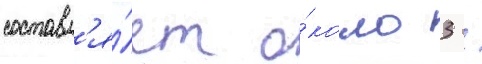
составл'я́ет о́коло 3 /